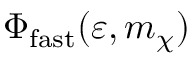
\Phi _ { \mathrm { f a s t } } ( \varepsilon , m _ { \chi } )